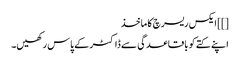
[]] ایکس ریسرچ کا ماخذ
اپنے کتے کو باقاعدگی سے ڈاکٹر کے پاس رکھیں۔